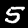
Digit: 5